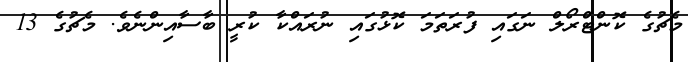
މެޗުގެ ކޮންޓްރޯލް ނަގައި ފުރަތަމަ ކޮޅުގައި ނުރައްކާ ކުރީ ބާސާއިންނެވެ. މެޗުގެ 13